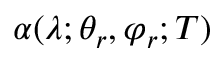
\alpha ( \lambda ; \theta _ { r } , \varphi _ { r } ; T )